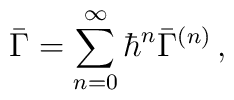
\bar{\Gamma}=\sum_{n=0}^\infty {\hbar }^n\bar{\Gamma}^{(n)}\, ,